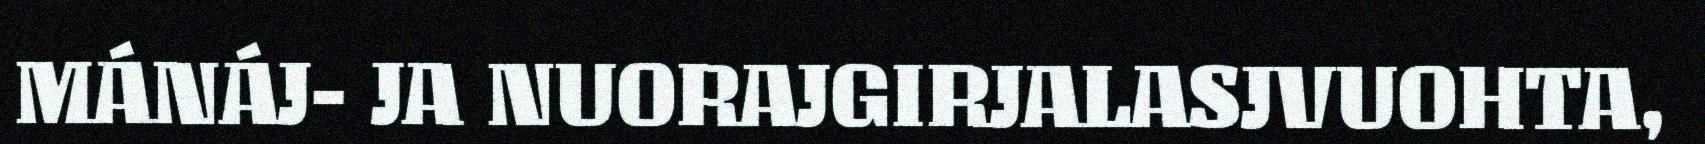
MÁNÁJ- JA NUORAJGIRJALASJVUOHTA,